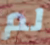
لم